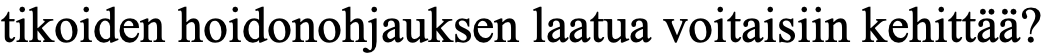
tikoiden hoidonohjauksen laatua voitaisiin kehittää?